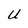
Character: U